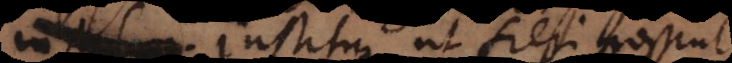
ita institui, ut fieri possint